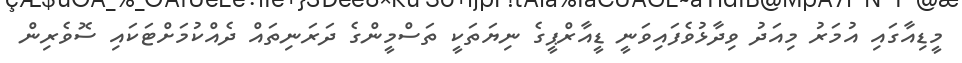
މީޑިއާގައި އުމަރު މިއަދު ވިދާޅުވެފައިވަނީ ޑީއާރްޕީގެ ނިޔަތަކީ ތަސްމީންގެ ދަރަނިތައް ދެއްކުމަށްޓަކައި ސޮވެރިން